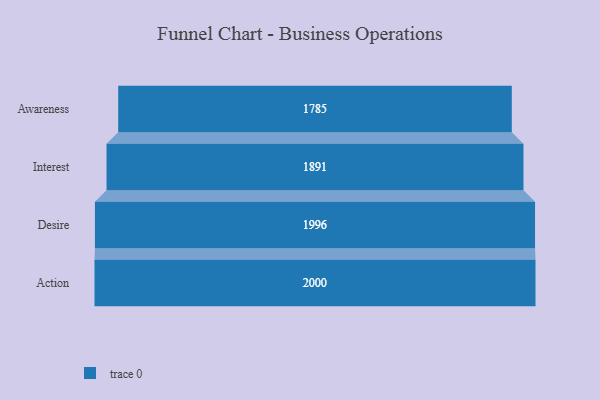
{"axis": {"x": "Stage", "y": "Value"}, "legend": [""], "data": [{"x": "Awareness", "y": 1785.0, "type": ""}, {"x": "Interest", "y": 1891.0, "type": ""}, {"x": "Desire", "y": 1996.0, "type": ""}, {"x": "Action", "y": 2000, "type": ""}]}